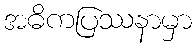
အဓိကပြဿနာမှာ